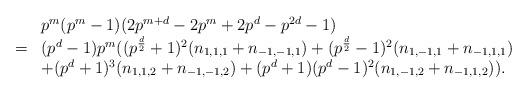
LaTeX: \begin{align*} \begin{array}{ll}&p^{m}(p^m-1)(2p^{m+d}-2p^m+2p^d-p^{2d}-1)\\=&(p^d-1)p^{m}((p^{\frac{d}{2}}+1)^2(n_{1,1,1}+n_{-1,-1,1})+(p^{\frac{d}{2}}-1)^2(n_{1,-1,1}+n_{-1,1,1})\\&+(p^d+1)^3(n_{1,1,2}+n_{-1,-1,2})+(p^d+1)(p^d-1)^2(n_{1,-1,2}+n_{-1,1,2})).\end{array}\end{align*}